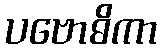
ပဗောဓိကာ